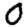
Digit: 0